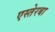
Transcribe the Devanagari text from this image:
एस्तेरबा